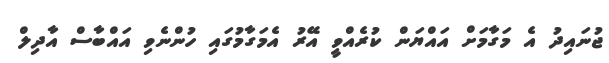
ޖުނައިދު އެ މަގާމަށް އައްޔަން ކުރެއްވީ އޭރު އެމަގާމުގައި ހުންނެވި އައްބާސް އާދިލް